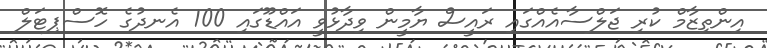
އިންތިޒާމް ކުރި ޖަލްސާއެއްގައި ރައީސް ޔާމީން ވިދާޅުވީ އައްޑޫގައި 100 އެނދުގެ ހޮސްޕިޓަލް